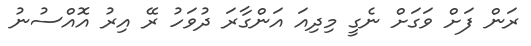
ރަން ފަށް ވަގަށް ނެގީ މިދިއަ އަންގާރަ ދުވަހު ރޭ އިރު އޮއްސުނު